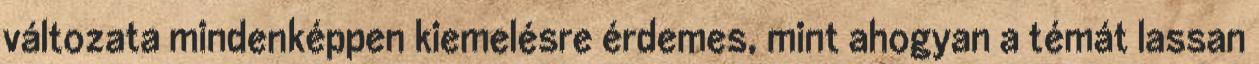
változata mindenképpen kiemelésre érdemes, mint ahogyan a témát lassan